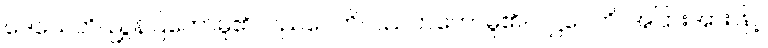
ဒေသေတိ၊ ညွှန်ပြတော်မူ၏။ ပညပေတိ၊ ပညတ်တော်မူ၏။ ပဋ္ဌပေတိ၊ အပြားအားဖြင့်